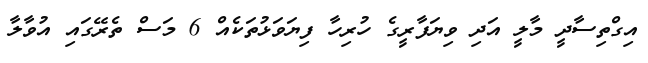
އިގްތިސާދީ މާލީ އަދި ވިޔަފާރީގެ ހުރިހާ ފިޔަވަޅުތަކެއް 6 މަސް ތެރޭގައި އުވާލާ